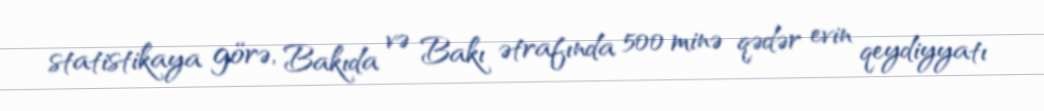
statistikaya görə, Bakıda və Bakı ətrafında 500 minə qədər evin qeydiyyatı